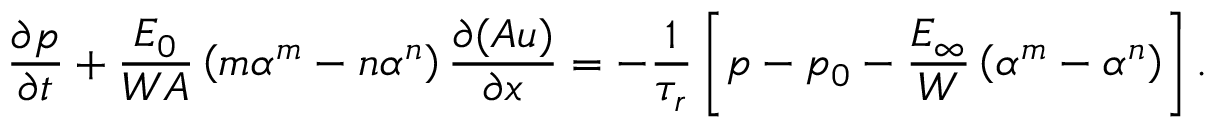
\frac { \partial p } { \partial t } + \frac { E _ { 0 } } { W A } \left( m \alpha ^ { m } - n \alpha ^ { n } \right) \frac { \partial ( A u ) } { \partial x } = - \frac { 1 } { \tau _ { r } } \left[ p - p _ { 0 } - \frac { E _ { \infty } } { W } \left( \alpha ^ { m } - \alpha ^ { n } \right) \right] .